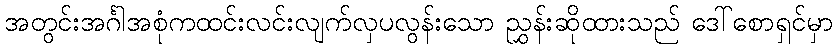
အတွင်းအင်္ဂါအစုံကထင်းလင်းလျက်လှပလွန်းသော ညွှန်းဆိုထားသည် ဒေါ်စောရှင်မှာ